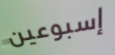
إسبوعين